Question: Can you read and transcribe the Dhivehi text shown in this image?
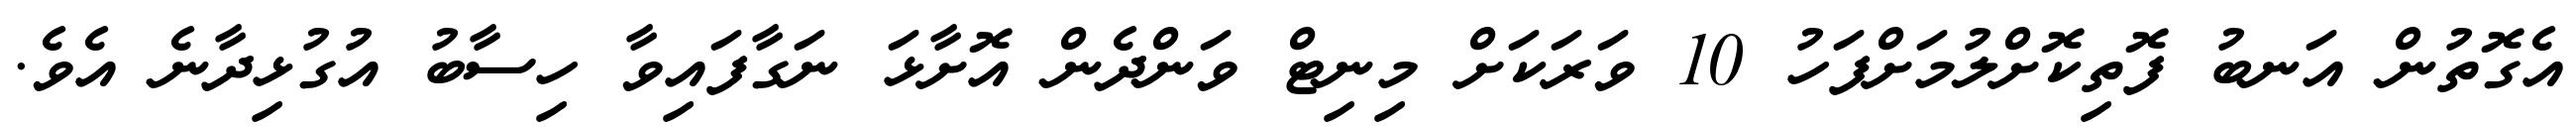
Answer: އެގޮތުން އަނބު ފޮތިކޮށްލުމަށްފަހު 10 ވަރަކަށް މިނިޓް ވަންދެން އޮށާޅަ ނަގާފައިވާ ހިސާބު އުގުޅިދާނެ އެވެ.